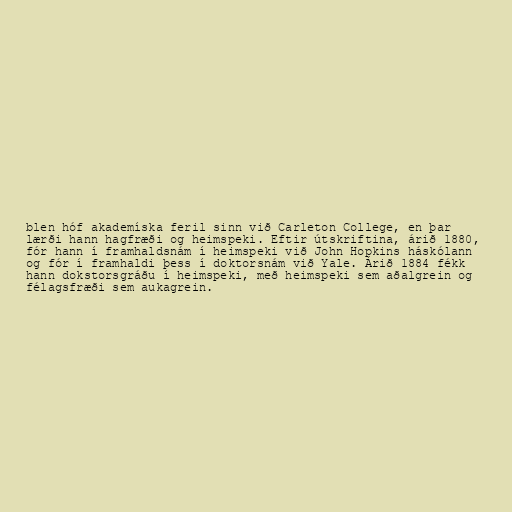
blen hóf akademíska feril sinn við Carleton College, en þar
lærði hann hagfræði og heimspeki. Eftir útskriftina, árið 1880,
fór hann í framhaldsnám í heimspeki við John Hopkins háskólann
og fór í framhaldi þess í doktorsnám við Yale. Árið 1884 fékk
hann dokstorsgráðu í heimspeki, með heimspeki sem aðalgrein og
félagsfræði sem aukagrein.